Medical and sanitary report of the native army of Bengal for the year
Year: 1878
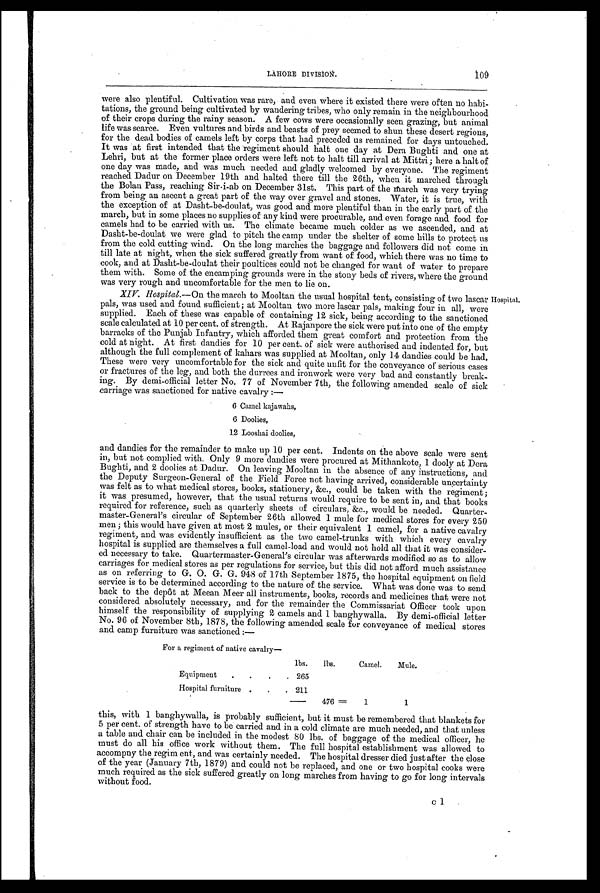
LAHORE DIVISION.
109
were also plentiful. Cultivation was rare, and even where it existed there were often no habi-
tations, the ground being cultivated by wandering tribes, who only remain in the neighbourhood
of their crops during the rainy season. A few cows were occasionally seen grazing, but animal
life was scarce. Even vultures and birds and beasts of prey seemed to shun these desert regions,
for the dead. bodies of camels left by corps that had preceded us remained for days untouched.
It was at first intended that the regiment should halt one day at Dera Bughti and one at
Lehri, but at the former place orders were left not to halt till arrival at Mittri; here a halt of
one day was made, and was much needed and gladly welcomed by everyone. The regiment
reached Dadur on December 19th and halted there till the 26th, when it marched through
the Bolan Pass, reaching Sir-i-ab on December 31st. This part of the march was very trying
from being an ascent a great part of the way over gravel and stones. Water, it is true, with
the exception of at Dasht-be-doulat, was good and more plentiful than in the early part of the
march, but in some places no supplies of any kind were procurable, and even forage and food for
camels had to be carried with us. The climate became much colder as we ascended, and at
Dasht-be-doulat we were -glad to pitch the camp under the shelter of some hills to protect us
from the cold cutting wind. On the long marches the baggage and followers did not come in
till late at night, when the sick suffered greatly from want of food, which there was no time to
cook, and at Dasht-be-doulat their poultices could not be changed for want of water to prepare
them with. Some of the encamping grounds were in the stony beds of rivers, where the ground
was very rough and uncomfortable for the men to lie on.
XIV. Hospital. —On the march to Mooltan the usual hospital tent, consisting of two lascar
pals, was used and found sufficient ; at Mooltan two more lascar pals, making four in all, were
supplied. Each of these was capable of containing 12 sick, being according to the sanctioned
scale calculated at 10 per cent. of strength. At Rajanpore the sick were put into one of the empty
barracks of the Punjab Infantry, which afforded them great comfort and protection from the
cold at night. At first dandies for 10 per cent. of sick were authorised and indented for, but
although the full complement of kahars was supplied at Mooltan, only 14 dandies could be had.
These were very uncomfortable for the sick and quite unfit for the conveyance of serious cases
or fractures of the leg, and both the durrees and ironwork were very bad and constantly break-
ing. By demi-official letter No. 77 of November 7th, the following amended scale of sick
carriage was sanctioned for native cavalry :—
Hospital.
6 Camel kajawahs,
6 Doolies,
12 Looshai doolies,
and dandies for the remainder to make up 10 per cent. Indents on the above scale were sent
in, but not complied with. Only 9 more dandies were procured at Mithankote, 1 dooly at Dera
Bughti, and 2 doolies at Dadur. On leaving Mooltan in the absence of any instructions, and
the Deputy Surgeon-General of the Field Force not having arrived, considerable uncertainty
was felt as to what medical stores, books, stationery, &c., could be taken with the regiment;
it was presumed, however, that the usual returns would require to be sent in, and that books
required for reference, such as quarterly sheets of circulars, &c., would be needed. Quarter-
master-General's circular of September 26th allowed 1 mule for medical stores for every 250
men ; this would have given at most 2 mules, or their equivalent 1 camel, for a native cavalry
regiment, and was evidently insufficient as the two camel-trunks with which every cavalry
hospital is supplied are themselves a full camel-load and would not hold all that it was consider-
ed necessary to take. Quartermaster-General's circular was afterwards modified so as to allow
carriages for medical stores as per regulations for service, but this did not afford much assistance
as on referring to G. O. G. G. 948 of 17th September 1875, the hospital equipment on field
service is to be determined according to the nature of the service. What was done was to send
back to the depôt at Meean Meer all instruments, books, records and medicines that were not
considered absolutely necessary, and for the remainder the Commissariat Officer took upon
himself the responsibility of supplying 2 camels and 1 banghywalla. By demi-official letter
No. 96 of November 8th, 1878, the following amended scale for conveyance of medical stores
and camp furniture was sanctioned :-
For a regiment of native cavalry
—
lbs. lbs.
Camel.
Mule.
Equipment . .
.
. 265
Hospital furniture .
. . 211
476 =
1
1
this, with 1 banghywalla, is probably sufficient, but it must be remembered that blankets for
5 per cent. of strength have to be carried and in a cold climate are much needed, and that unless
a table and chair can be included in the modest 80 lbs. of baggage of the medical officer, he
must do all his office work without them. The full hospital establishment was allowed to
accompny the regim ent, and was certainly needed. The hospital dresser died just after the close
of the year (January 7th, 1879) and could not be replaced, and one or two hospital cooks were
much required as the sick suffered greatly on long marches from having to go for long intervals
without food.
c1